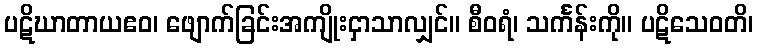
ပဋိဃာတာယဧဝ၊ ဖျောက်ခြင်းအကျိုးငှာသာလျှင်။ စီဝရံ၊ သင်္ကန်းကို။ ပဋိသေဝတိ၊